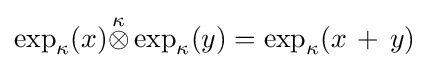
\exp _{\kappa }(x){\stackrel {\kappa }{\otimes }}\exp _{\kappa }(y)=\exp _{\kappa }(x\,+\,y)